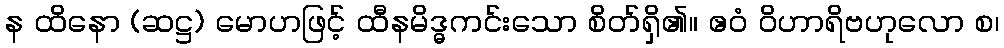
န ထိနော (ဆဋ္ဌ) မောဟဖြင့် ထီနမိဒ္ဓကင်းသော စိတ်ရှိ၏။ ဧဝံ ဝိဟာရိဗဟုလော စ၊